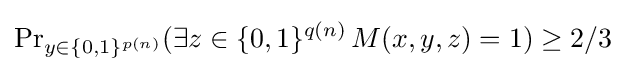
\Pr \nolimits _{y\in \{0,1\}^{p(n)}}(\exists z\in \{0,1\}^{q(n)}\,M(x,y,z)=1)\geq 2/3